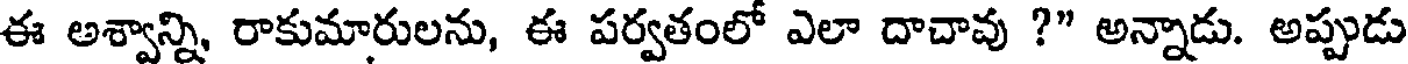
ఈ అశ్వాన్ని, రాకుమారులను, ఈ పర్వతంలో ఎలా దాచావు ?" అన్నాడు. అప్పుడు